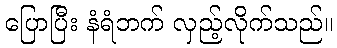
ပြောပြီး နံရံဘက် လှည့်လိုက်သည်။